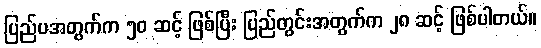
ပြည်ပအတွက်က ၅၀ ဆင့် ဖြစ်ပြီး ပြည်တွင်းအတွက်က ၂၈ ဆင့် ဖြစ်ပါတယ်။